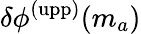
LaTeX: \delta\phi^{\mathrm{(upp)}}(m_{a})